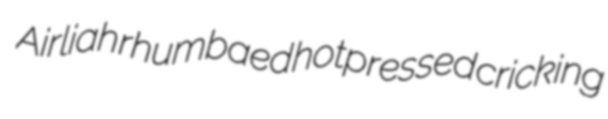
Airliah rhumbaed hotpressed cricking